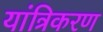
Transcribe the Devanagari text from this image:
यांत्रिकरण